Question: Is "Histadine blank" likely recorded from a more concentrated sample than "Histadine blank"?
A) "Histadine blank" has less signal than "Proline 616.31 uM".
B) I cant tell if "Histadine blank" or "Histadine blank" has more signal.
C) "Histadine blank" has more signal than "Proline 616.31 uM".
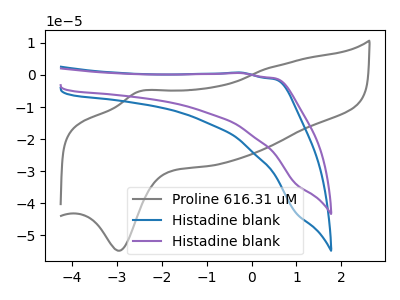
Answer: <think>The gray curve "Proline 616.31 uM" has an anodic peak at (-2.55V, -5.25uA) and a cathodic peak at (-2.95V, -54.80uA). The blue curve "Histadine blank" has no peaks. The purple curve "Histadine blank" has no peaks.
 Neither "Histadine blank" or "Histadine blank" have any peaks.</think>
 <answer>B) I cant tell if "Histadine blank" or "Histadine blank" has more signal.</answer>
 <eval>B</eval>